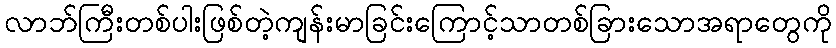
လာဘ်ကြီးတစ်ပါးဖြစ်တဲ့ကျန်းမာခြင်းကြောင့်သာတစ်ခြားသောအရာတွေကို